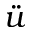
\ddot { u }